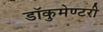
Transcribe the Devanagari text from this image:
डॉकुमेण्टरी